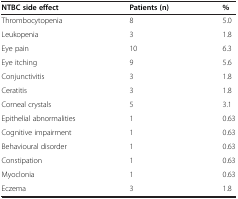
<table><thead><tr><td><b>NTBC side effect</b></td><td><b>Patients (n)</b></td><td><b>%</b></td></tr></thead><tbody><tr><td>Thrombocytopenia</td><td>8</td><td>5.0</td></tr><tr><td>Leukopenia</td><td>3</td><td>1.8</td></tr><tr><td>Eye pain</td><td>10</td><td>6.3</td></tr><tr><td>Eye itching</td><td>9</td><td>5.6</td></tr><tr><td>Conjunctivitis</td><td>3</td><td>1.8</td></tr><tr><td>Ceratitis</td><td>3</td><td>1.8</td></tr><tr><td>Corneal crystals</td><td>5</td><td>3.1</td></tr><tr><td>Epithelial abnormalities</td><td>1</td><td>0.63</td></tr><tr><td>Cognitive impairment</td><td>1</td><td>0.63</td></tr><tr><td>Behavioural disorder</td><td>1</td><td>0.63</td></tr><tr><td>Constipation</td><td>1</td><td>0.63</td></tr><tr><td>Myoclonia</td><td>1</td><td>0.63</td></tr><tr><td>Eczema</td><td>3</td><td>1.8</td></tr></tbody></table>